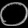
Digit: ၀